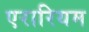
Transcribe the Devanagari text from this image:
एरारियम